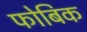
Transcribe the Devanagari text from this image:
फोबिक